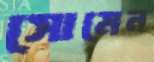
সোমেন